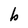
Character: b